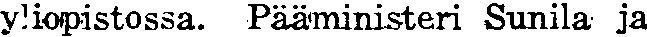
yliopistossa. Pääministeri Sunila ja